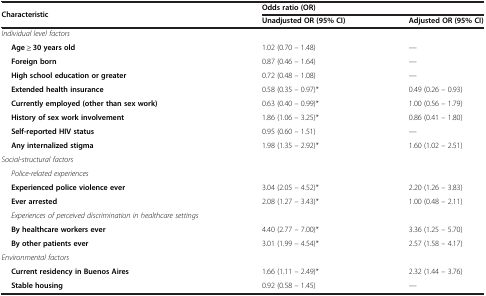
| <ROWSPAN=2> Characteristic | <COLSPAN=2> Odds ratio (OR) |
 | Unadjusted OR (95% CI) | Adjusted OR (95% CI) |
 | --- | --- | --- |
 | Individual level factors |  |  |
 | Age ≥ 30 years old | 1.02 (0.70 – 1.48) | — |
 | Foreign born | 0.87 (0.46 – 1.64) | — |
 | High school education or greater | 0.72 (0.48 – 1.08) | — |
 | Extended health insurance | 0.58 (0.35 – 0.97)* | 0.49 (0.26 – 0.93) |
 | Currently employed (other than sex work) | 0.63 (0.40 – 0.99)* | 1.00 (0.56 – 1.79) |
 | History of sex work involvement | 1.86 (1.06 – 3.25)* | 0.86 (0.41 – 1.80) |
 | Self-reported HIV status | 0.95 (0.60 – 1.51) | — |
 | Any internalized stigma | 1.98 (1.35 – 2.92)* | 1.60 (1.02 – 2.51) |
 | Social-structural factors |  |  |
 | Police-related experiences |  |  |
 | Experienced police violence ever | 3.04 (2.05 – 4.52)* | 2.20 (1.26 – 3.83) |
 | Ever arrested | 2.08 (1.27 – 3.43)* | 1.00 (0.48 – 2.11) |
 | Experiences of perceived discrimination in healthcare settings |  |  |
 | By healthcare workers ever | 4.40 (2.77 – 7.00)* | 3.36 (1.25 – 5.70) |
 | By other patients ever | 3.01 (1.99 – 4.54)* | 2.57 (1.58 – 4.17) |
 | Environmental factors |  |  |
 | Current residency in Buenos Aires | 1.66 (1.11 – 2.49)* | 2.32 (1.44 – 3.76) |
 | Stable housing | 0.92 (0.58 – 1.45) | — |